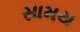
સામય